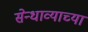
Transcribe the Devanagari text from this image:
सेन्धाव्याच्या